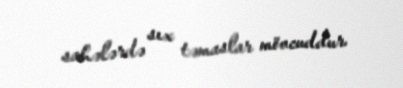
sahələrdə sıx təmaslar mövcuddur.